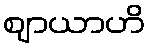
ဈာယာဟိ